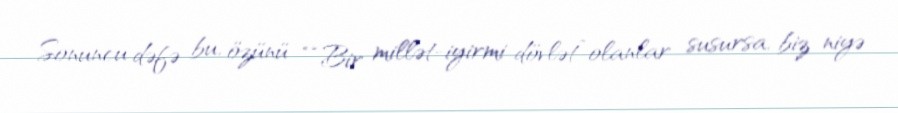
Sonuncu dəfə bu, özünü ““Bir millət-iyirmi dövlət” olanlar susursa, biz niyə